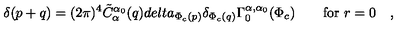
\delta ( p + q ) = ( 2 \pi ) ^ { 4 } \tilde { C } _ { \alpha } ^ { \alpha _ { 0 } } ( q ) d e l t a _ { \Phi _ { c } ( p ) } \delta _ { \Phi _ { c } ( q ) } \Gamma _ { 0 } ^ { \alpha , \alpha _ { 0 } } ( \Phi _ { c } ) \qquad \mathrm { f o r } \ r = 0 \quad ,